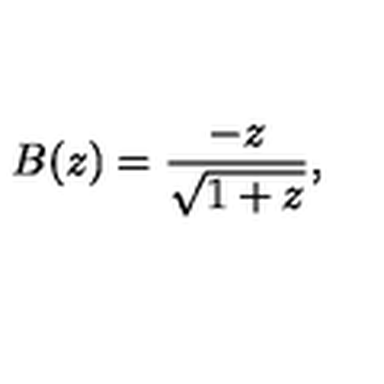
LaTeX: B ( z ) = { \frac { - z } { \sqrt { 1 + z } } } ,